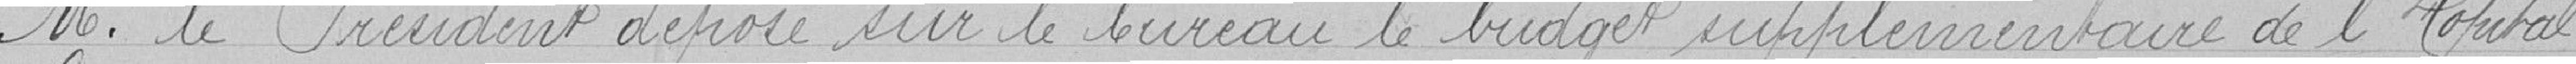
Monsieur le Président dépose sur le bureau le budget supplémentaire de l'Hôpital